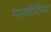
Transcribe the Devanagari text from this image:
पायोरिया